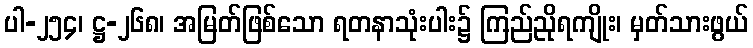
ပါ-၂၅၄၊ ဋ္ဌ-၂၆၈၊ အမြတ်ဖြစ်သော ရတနာသုံးပါး၌ ကြည်ညိုရကျိုး၊ မှတ်သားဖွယ်